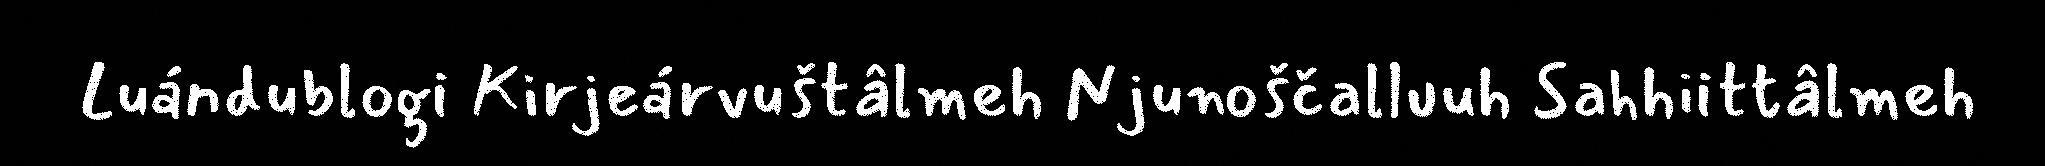
Luándublogi Kirjeárvuštâlmeh Njunoščalluuh Sahhiittâlmeh